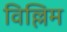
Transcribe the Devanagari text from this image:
विल्लिम